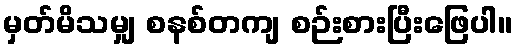
မှတ်မိသမျှ စနစ်တကျ စဉ်းစားပြီးဖြေပါ။